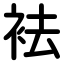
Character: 袪